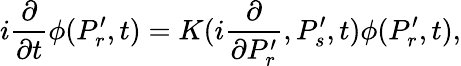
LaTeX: i{\frac{\partial}{\partial t}}\phi(P_{r}^{\prime},t)=K(i{\frac{\partial}{\partial P_{r}^{\prime}}},P_{s}^{\prime},t)\phi(P_{r}^{\prime},t),